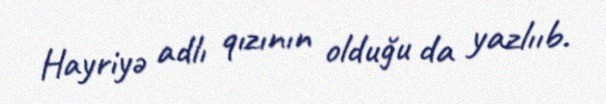
Hayriyə adlı qızının olduğu da yazlııb.